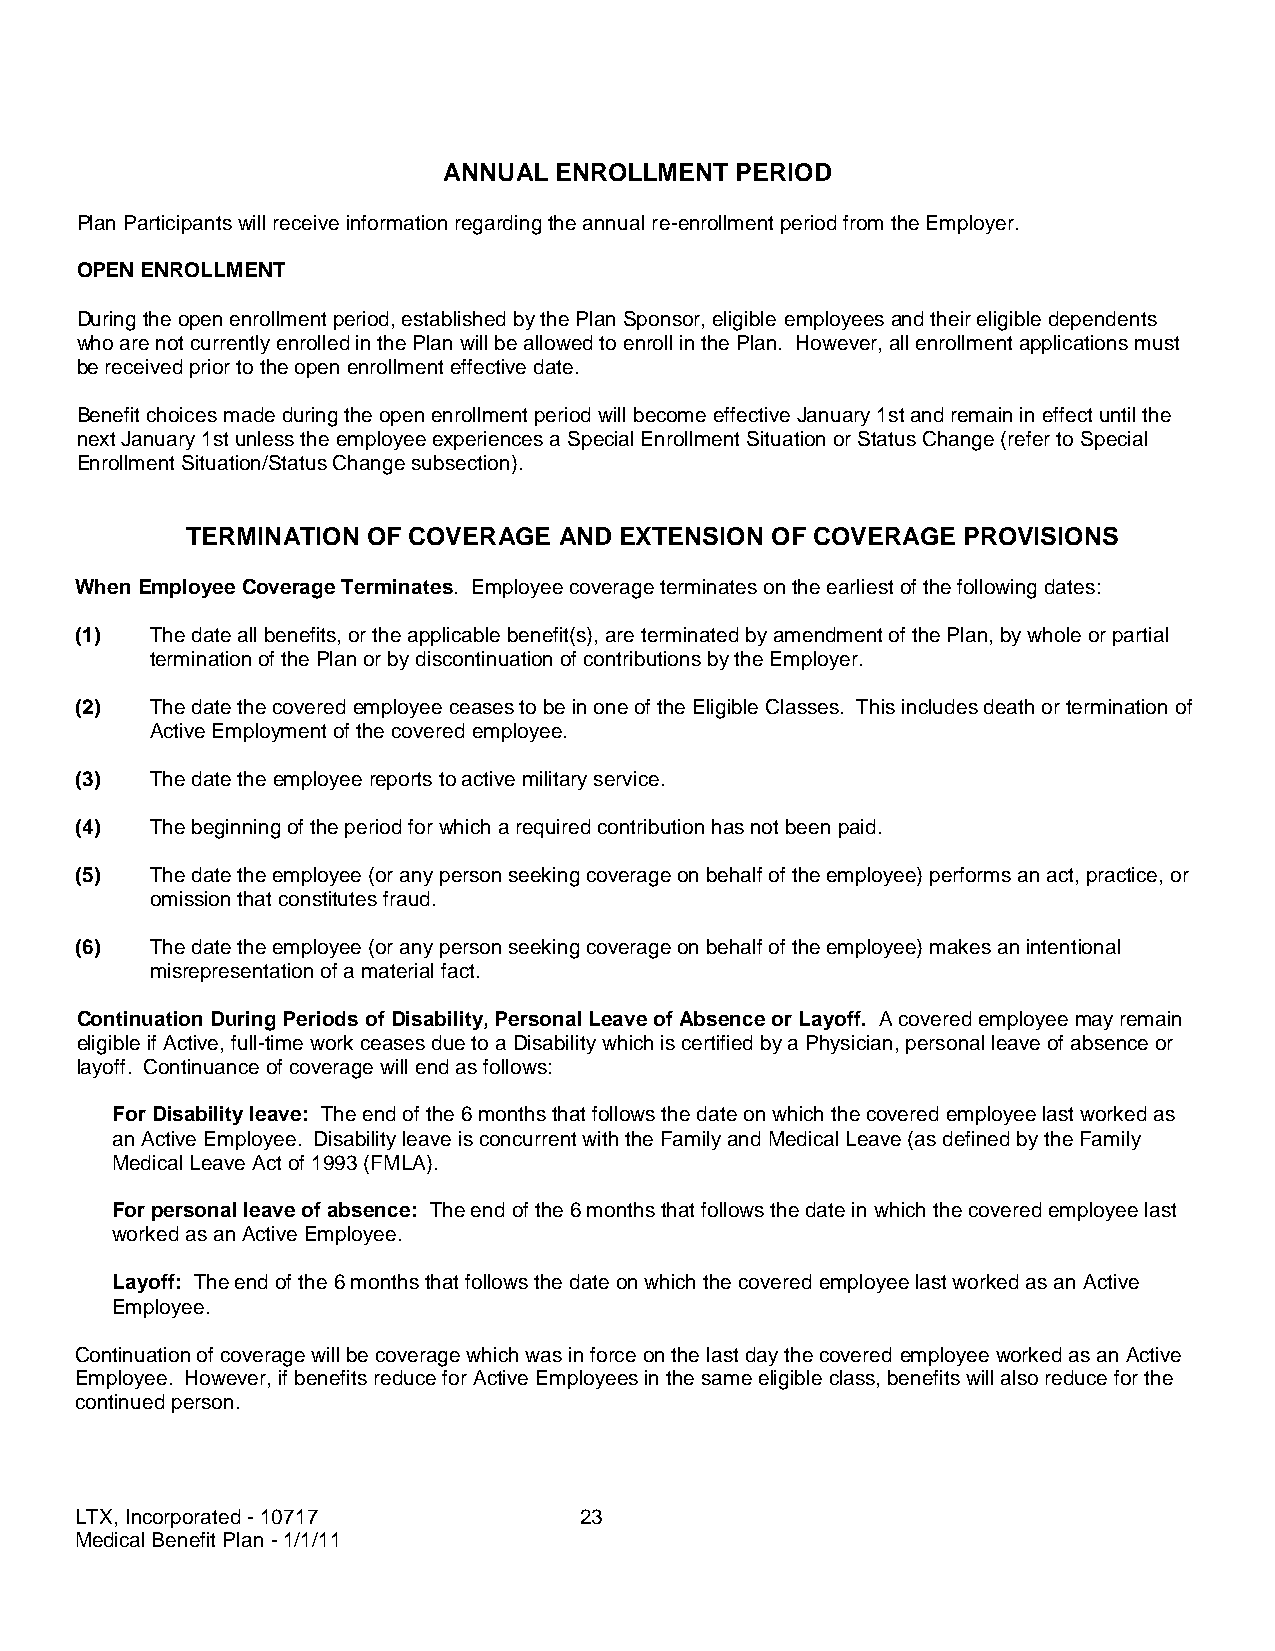
ANNUAL  ENROLLMENT  PERIOD
 Plan Participants will receive information regarding the annual re-enrollment period from the Employer.
 OPEN ENROLLMENT
 During the open enrollment period, established by the Plan Sponsor, eligible employees and their eligible dependents
 who are not currently enrolled in the Plan will be allowed to enroll in the Plan. However, all enrollment applications must
 be received prior to the open enrollment effective date.
 Benefit choices made during the open enrollment period will become effective January 1st and remain in effect until the
 next January 1st unless the employee experiences a Special Enrollment Situation or Status Change (refer to Special
 Enrollment Situation/Status Change subsection).
 TERMINATION OF COVERAGE  AND EXTENSION OF COVERAGE  PROVISIONS
 When Employee Coverage Terminates. Employee coverage terminates on the earliest of the following dates:
 (1)  The date all benefits, or the applicable benefit(s), are terminated by amendment of the Plan, by whole or partial
 termination of the Plan or by discontinuation of contributions by the Employer.
 (2)  The date the covered employee ceases to be in one of the Eligible Classes. This includes death or termination of
 Active Employment of the covered employee.
 (3)  The date the employee reports to active military service.
 (4)  The beginning of the period for which a required contribution has not been paid.
 (5)  The date the employee (or any person seeking coverage on behalf of the employee) performs an act, practice, or
 omission that constitutes fraud.
 (6)  The date the employee (or any person seeking coverage on behalf of the employee) makes an intentional
 misrepresentation of a material fact.
 Continuation During Periods of Disability, Personal Leave of Absence or Layoff. A covered employee may remain
 eligible if Active, full-time work ceases due to a Disability which is certified by a Physician, personal leave of absence or
 layoff. Continuance of coverage will end as follows:
 For Disability leave: The end of the 6 months that follows the date on which the covered employee last worked as
 an Active Employee. Disability leave is concurrent with the Family and Medical Leave (as defined by the Family
 Medical Leave Act of 1993 (FMLA).
 For personal leave of absence: The end of the 6 months that follows the date in which the covered employee last
 worked as an Active Employee.
 Layoff: The end of the 6 months that follows the date on which the covered employee last worked as an Active
 Employee.
 Continuation of coverage will be coverage which was in force on the last day the covered employee worked as an Active
 Employee. However, if benefits reduce for Active Employees in the same eligible class, benefits will also reduce for the
 continued person.
 LTX, Incorporated - 10717        23
 Medical Benefit Plan - 1/1/11